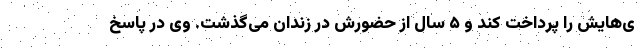
ی‌هایش را پرداخت کند و ۵ سال از حضورش در زندان می‌گذشت. وی در پاسخ